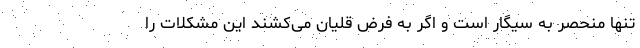
تنها منحصر به سیگار است و اگر به فرض قلیان می‌کشند این مشکلات را